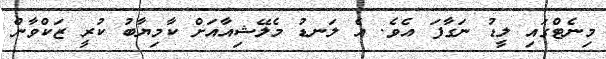
މިނެޓްގައި ލީޑު ނަގާފަ އެވެ. އެ ލަނޑު މެލޭޝިއާއަށް ކާމިޔާބު ކުރީ ޒަކްވާން